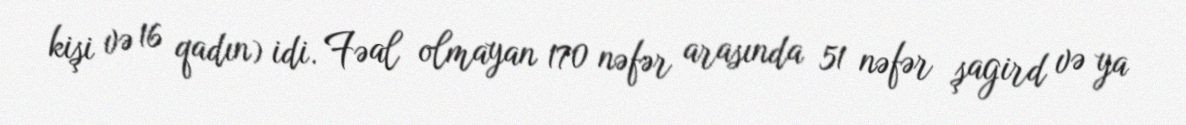
kişi və 16 qadın) idi. Fəal olmayan 170 nəfər arasında 51 nəfər şagird və ya